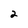
Character: 2